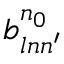
b _ { l n n ^ { \prime } } ^ { n _ { 0 } }